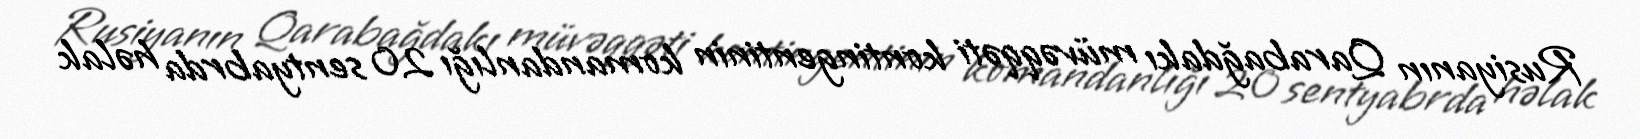
Rusiyanın Qarabağdakı müvəqqəti kontingentinin komandanlığı 20 sentyabrda həlak